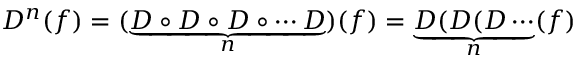
D ^ { n } ( f ) = ( \underbrace { D \circ D \circ D \circ \cdots D } _ { n } ) ( f ) = \underbrace { D ( D ( D \cdots } _ { n } ( f )